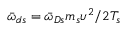
{ \bar { \omega } } _ { d s } = { \bar { \omega } } _ { D s } m _ { s } \upsilon ^ { 2 } / 2 T _ { s }